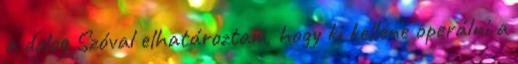
a dolog Szóval elhatároztam, hogy ki kellene operálni a